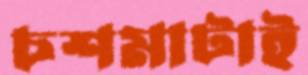
চশমাটাই